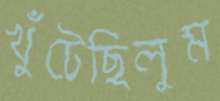
খুঁটেছিলুম